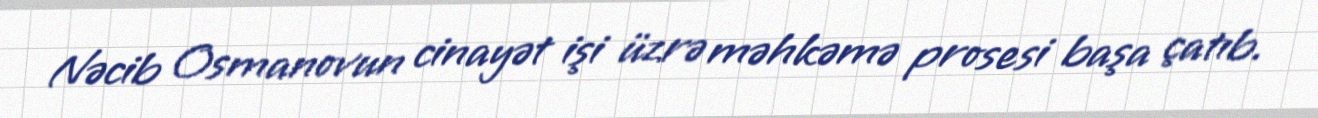
Nəcib Osmanovun cinayət işi üzrə məhkəmə prosesi başa çatıb.